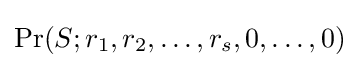
\Pr(S;r_{1},r_{2},\ldots ,r_{s},0,\ldots ,0)